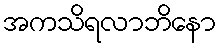
အကသိရလာဘိနော